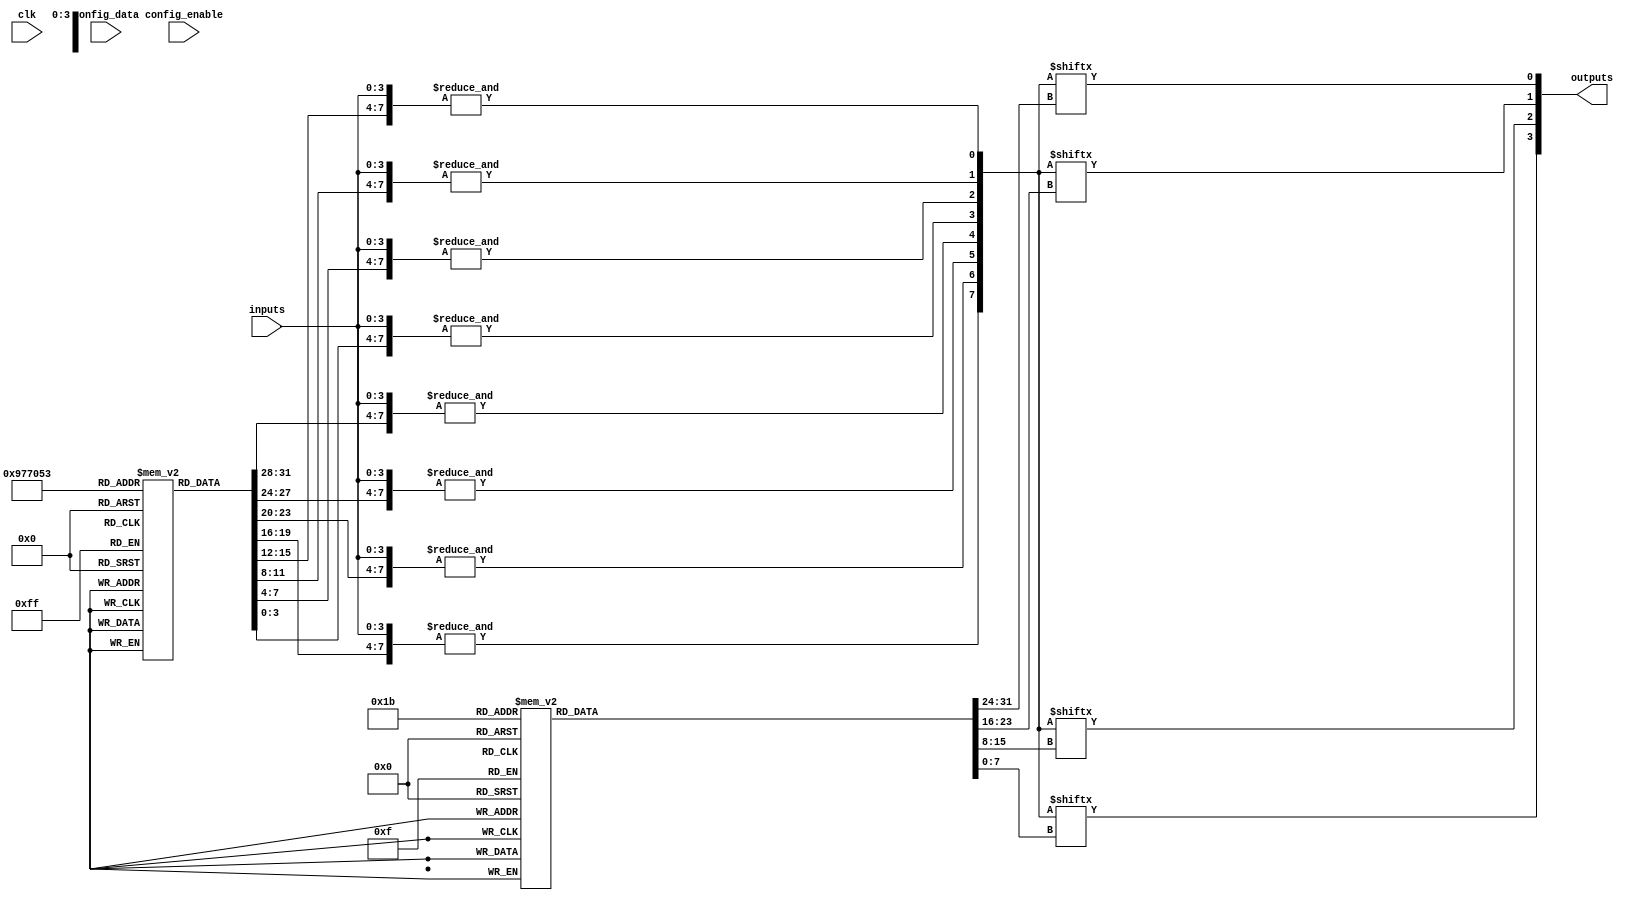
module SPAL (
    input wire [N-1:0] inputs,       // Input signals
    input wire [M-1:0] config_data,   // Configuration data for programming
    input wire config_enable,          // Enable signal for configuration
    input wire clk,                    // Clock signal
    output wire [O-1:0] outputs        // Output signals
);
    parameter N = 4; // Number of inputs
    parameter M = 8; // Number of AND gates
    parameter O = 4; // Number of OR gates

    // Input buffer with optional inversion
    wire [N-1:0] buffered_inputs;
    genvar i;
    generate
        for (i = 0; i < N; i = i + 1) begin : input_buffer
            assign buffered_inputs[i] = inputs[i]; // Buffer input
            // Optionally invert inputs based on configuration
            // add inversion logic here if necessary
        end
    endgenerate

    // Configuration memory for AND array
    reg [N-1:0] and_config [M-1:0]; // Configuration memory for AND gates

    // AND array
    wire [M-1:0] and_outputs;
    generate
        for (i = 0; i < M; i = i + 1) begin : and_array
            assign and_outputs[i] = &({buffered_inputs, and_config[i]});
        end
    endgenerate

    // Configuration memory for OR array
    reg [M-1:0] or_config [O-1:0]; // Configuration memory for OR gates

    // OR array
    generate
        for (i = 0; i < O; i = i + 1) begin : or_array
            assign outputs[i] = |(and_outputs[or_config[i]]);
        end
    endgenerate

    // Control logic for loading configuration
    always @(posedge clk) begin
        if (config_enable) begin
            // Load configuration data into AND or OR config memory
            // Add logic to determine whether to write to AND or OR config memory
            // Example: and_config[0] <= config_data; // Load example
        end
    end

    // Output buffer with optional inversion
    wire [O-1:0] buffered_outputs;
    generate
        for (i = 0; i < O; i = i + 1) begin : output_buffer
            assign buffered_outputs[i] = outputs[i]; // Buffer output
            // Optionally invert outputs based on configuration
            // add inversion logic here if necessary
        end
    endgenerate
endmodule